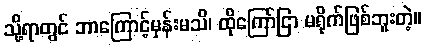
သို့ရာတွင် ဘာကြောင့်မှန်းမသိ၊ ထိုကြော်ငြာ မရိုက်ဖြစ်ဘူးတဲ့။